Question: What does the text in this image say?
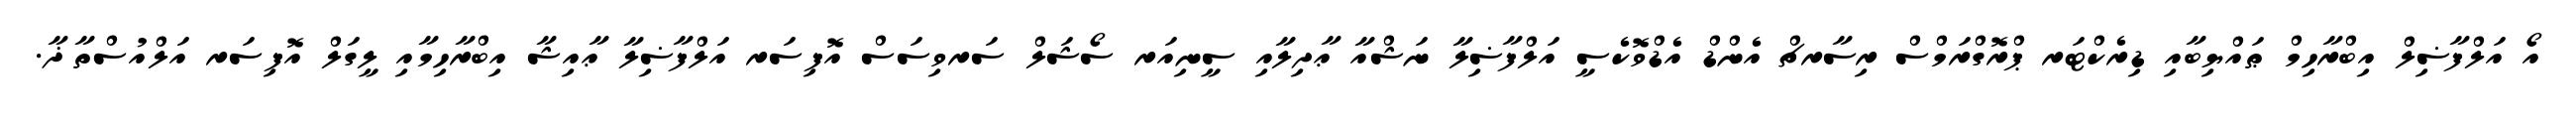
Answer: އޯ އަލްފާޟިލް އިބްރާހިމް ޠައްޔިބާއި ޑިރެކްޓަރ ޕްރޮގްރަމްސް ރިސާރޗް އެންޑް އެޑްވޮކެސީ އަލްފާޟިލާ ނަޝްއާ ޢާދިލާއި ސީނިއަރ ސޯޝަލް ސަރވިސަސް އޮފިސަރ އަލްފާޟިލާ ޢާއިޝާ އިބްރާހިމާއި ލީގަލް އޮފިސަރ އަލްއުސްތާޛާ.